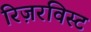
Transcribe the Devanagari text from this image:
रिज़रविस्ट